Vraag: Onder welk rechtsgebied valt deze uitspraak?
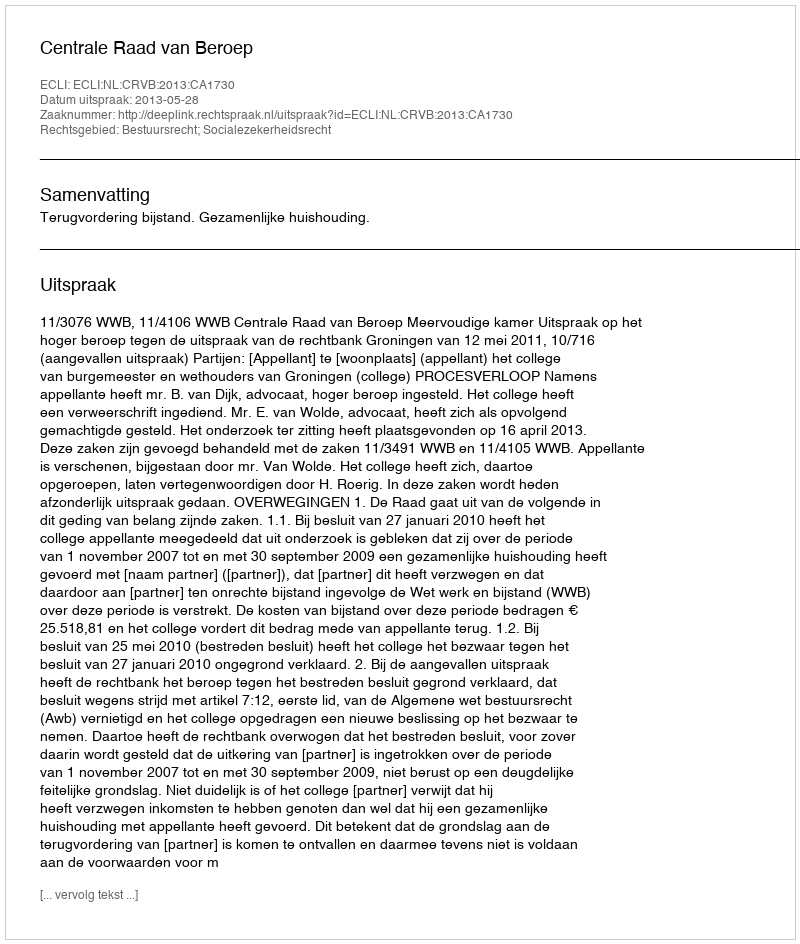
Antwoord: Bestuursrecht; Socialezekerheidsrecht